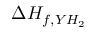
\Delta H _ { f , Y H _ { 2 } }